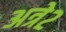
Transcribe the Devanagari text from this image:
अत्रे२